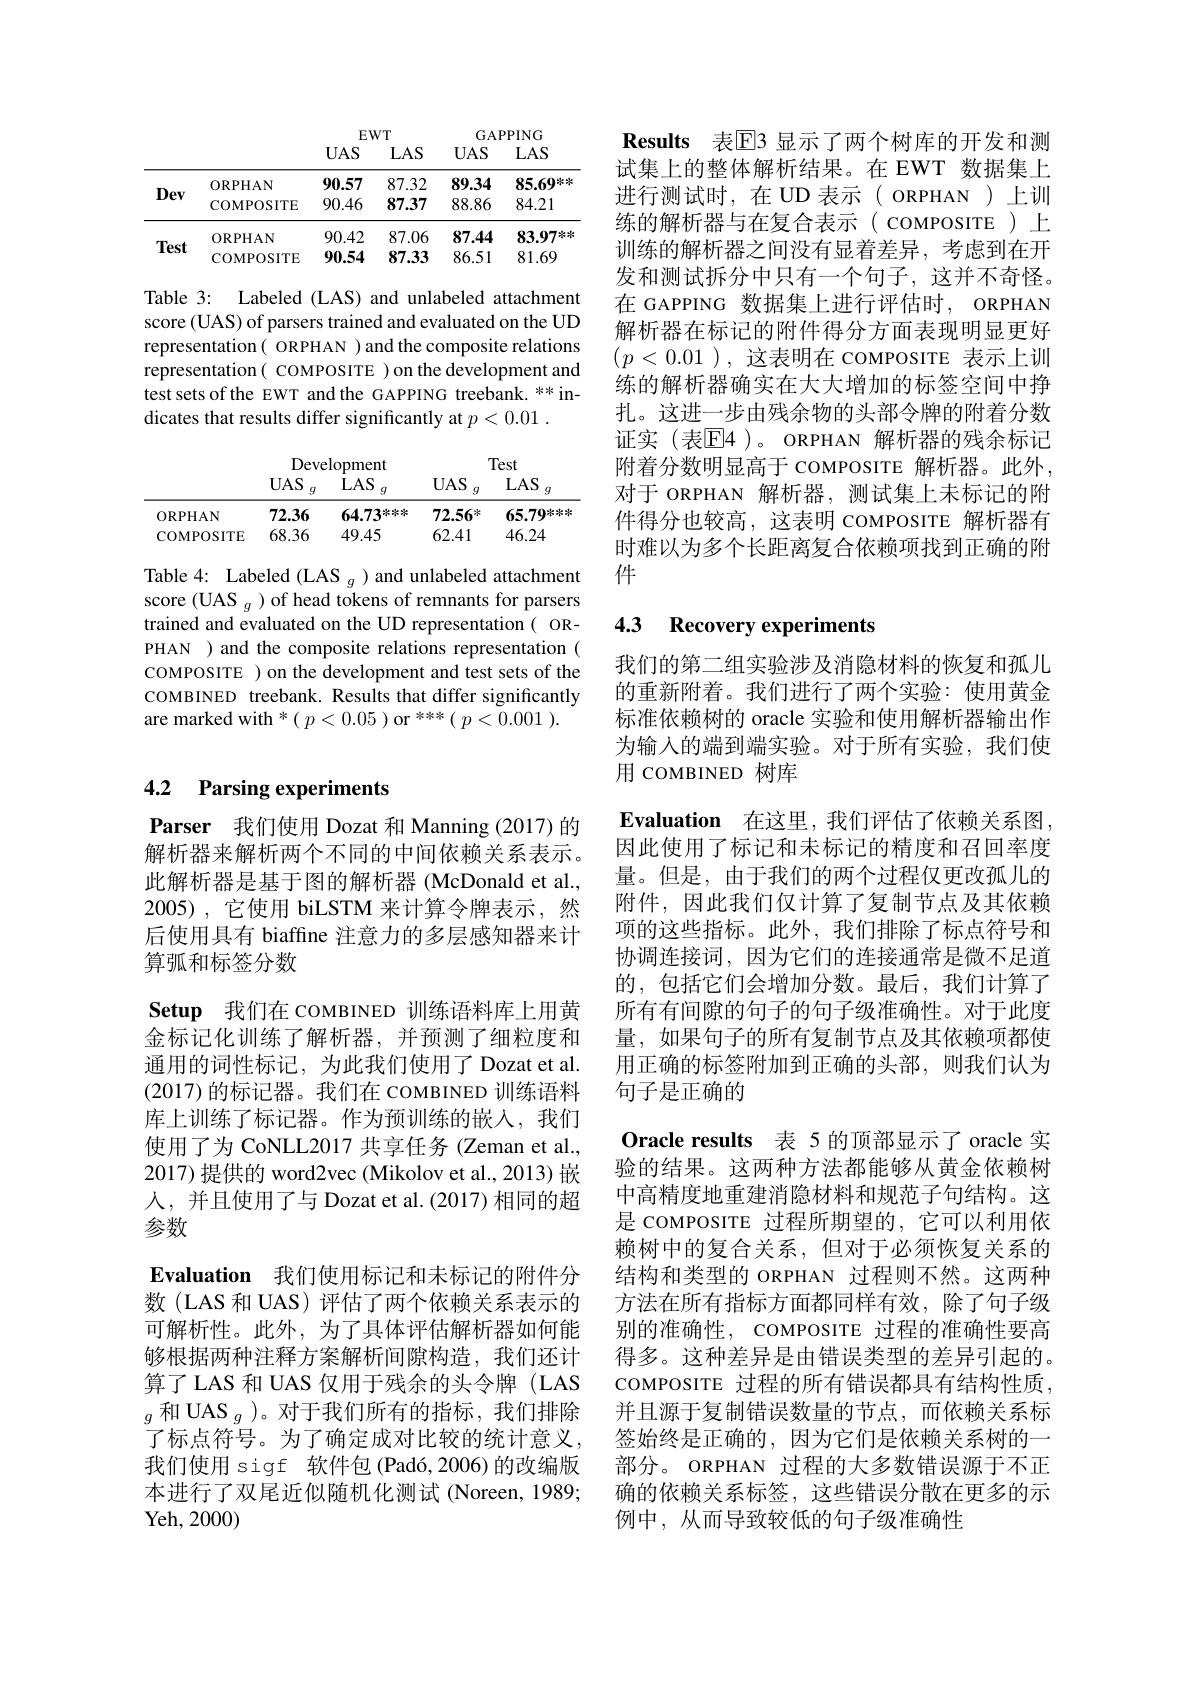
<table>
	<tbody>
		<tr>
			<th> </th>
			<th> </th>
			<th>EV $UAS$</th>
			<th>$VT$ $LAS$</th>
			<th>$GAF$ $UAS$</th>
			<th>PING $LAS$</th>
		</tr>
		<tr>
			<th> </th>
			<th> </th>
			<th>EV</th>
			<th>$VT$</th>
			<th colspan="2">GAPPING</th>
		</tr>
		<tr>
			<th> </th>
			<th> </th>
			<th>$UAS$</th>
			<th>$LAS$</th>
			<th>$UAS$</th>
			<th>$LAS$</th>
		</tr>
		<tr>
			<td rowspan="2">Dev</td>
			<td>$ORPHAN$</td>
			<td>90.57</td>
			<td>87.32</td>
			<td>89.34</td>
			<td>85.69**</td>
		</tr>
		<tr>
			<td>COMPOSITE</td>
			<td>90.46</td>
			<td>87.37</td>
			<td>88.86</td>
			<td>84.21</td>
		</tr>
		<tr>
			<td rowspan="2">Test</td>
			<td>$ORPHAN$</td>
			<td>90.42</td>
			<td>87.06</td>
			<td>87.44</td>
			<td>83.97</td>
		</tr>
		<tr>
			<td>COMPOSITE</td>
			<td>90.54</td>
			<td>87.33</td>
			<td>86.51</td>
			<td>81.69</td>
		</tr>
	</tbody>
</table>

Table 3: Labeled (LAS) and unlabeled attachment score (UAS) of parsers trained and evaluated on the UD representation( ORPHAN ) and the composite relations representation( COMPOSITE ) on the development and test sets of the EWT and the GAPPING treebank. ** indicates that results differ significantly at $p< 0. 01$ .

<table>
	<tbody>
		<tr>
			<th> </th>
			<th>Deve</th>
			<th>lopment</th>
			<th> </th>
			<th>Test</th>
		</tr>
		<tr>
			<th> </th>
			<th>Deve $UAS$ $g$</th>
			<th>lopment $LAS$ $g$</th>
			<th>$UAS$ $g$</th>
			<th>Test $LAS$ $g$</th>
		</tr>
		<tr>
			<th> </th>
			<th>Deve $UAS$ $g$</th>
			<th>lopment $LAS$ $g$</th>
			<th>UAS $g$</th>
			<th>Test $LAS$ $g$</th>
		</tr>
		<tr>
			<th> </th>
			<th>UAS $g$</th>
			<th>$LAS$ $g$</th>
			<th>$UAS$ $g$</th>
			<th>$LAS$ $g$</th>
		</tr>
		<tr>
			<td>$ORPHAN$</td>
			<td>72.36</td>
			<td>$64.73^{***}$</td>
			<td>72.56米</td>
			<td>$65.79^{****}$</td>
		</tr>
		<tr>
			<td>COMPOSITE</td>
			<td>68.36</td>
			<td>49.45</td>
			<td>62.41</td>
			<td>46.24</td>
		</tr>
	</tbody>
</table>

Table 4: Labeled (LAS $_g)$ and unlabeled attachment score (UAS $_g)$ of head tokens of remnants for parsers trained and evaluated on the UD representation( ORPHAN ) and the composite relations representation ( COMPOSITE ) on the development and test sets of the COMBINED treebank. Results that differ significantly are marked with $^*(p<0.05)\mathrm{~or~}^{***}(p<0.001).$

# 4.2 Parsing experiments

Parser 我们使用 Dozat 和 Manning (2017)的解析器来解析两个不同的中间依赖关系表示。此解析器是基于图的解析器 (McDonald et al., 2005),它使用 biLSTM 来计算令牌表示，然后使用具有 biaffine 注意力的多层感知器来计算弧和标签分数
Setup 我们在 COMBINED 训练语料库上用黄金标记化训练了解析器，并预测了细粒度和通用的词性标记，为此我们使用了 Dozat et al. (2017)的标记器。我们在 COMBINED 训练语料库上训练了标记器。作为预训练的嵌入，我们使用了为 CoNLL2017 共享任务 (Zeman et al., 2017)提供的 word2vec (Mikolov et al., 2013) 嵌人，并且使用了与 Dozat et al.(2017) 相同的超参数
Evaluation 我们使用标记和未标记的附件分数(LAS 和 UAS) 评估了两个依赖关系表示的可解析性。此外，为了具体评估解析器如何能够根据两种注释方案解析间隙构造，我们还计算了 LAS 和 UAS 仅用于残余的头令牌 (LAS $_{g}$和 UAS $_g$ )。对于我们所有的指标，我们排除了标点符号。为了确定成对比较的统计意义， 我们使用 sigf 软件包(Padó,2006)的改编版本进行了双尾近似随机化测试 (Noreen, 1989; Yeh, 2000)

Results 表E3 显示了两个树库的开发和测试集上的整体解析结果。在 EWT 数据集上进行测试时，在 UD 表示( ORPHAN )上训练的解析器与在复合表示( COMPOSITE)上训练的解析器之间没有显着差异，考虑到在开发和测试拆分中只有一个句子，这并不奇怪。在 GAPPING 数据集上进行评估时，ORPHAN 解析器在标记的附件得分方面表现明显更好$(p<0.01)$,这表明在 coмроsITE 表示上训练的解析器确实在大大增加的标签空间中挣扎。这进一步由残余物的头部令牌的附着分数证实(表$\overline{\mathrm{E}}$4)。ORPHAN 解析器的残余标记附着分数明显高于 coMPOSITE 解析器。此外， 对于 ORPHAN 解析器，测试集上未标记的附件得分也较高，这表明 coMPOSITE 解析器有时难以为多个长距离复合依赖项找到正确的附件

## 4.3 Recovery experiments

我们的第二组实验涉及消隐材料的恢复和孤儿的重新附着。我们进行了两个实验：使用黄金标准依赖树的 oracle 实验和使用解析器输出作为输入的端到端实验。对于所有实验，我们使用 COMBINED 树库

$\textbf{Evaluation 在 这 里 , 我 们 评 估 了 依 赖 关 系 图 }$, 因此使用了标记和未标记的精度和召回率度量。但是，由于我们的两个过程仅更改孤儿的附件，因此我们仅计算了复制节点及其依赖项的这些指标。此外，我们排除了标点符号和协调连接词，因为它们的连接通常是微不足道的，包括它们会增加分数。最后，我们计算了所有有间隙的句子的句子级准确性。对于此度量，如果句子的所有复制节点及其依赖项都使用正确的标签附加到正确的头部，则我们认为句子是正确的
Oracle results 表 5 的顶部显示了 oracle 实验的结果。这两种方法都能够从黄金依赖树中高精度地重建消隐材料和规范子句结构。这是 coMPOSITE 过程所期望的，它可以利用依赖树中的复合关系，但对于必须恢复关系的结构和类型的 ORPHAN 过程则不然。这两种方法在所有指标方面都同样有效，除了句子级别的准确性，COMPOSITE 过程的准确性要高得多。这种差异是由错误类型的差异引起的。COMPOSITE 过程的所有错误都具有结构性质， 并且源于复制错误数量的节点，而依赖关系标签始终是正确的，因为它们是依赖关系树的一部分。ORPHAN 过程的大多数错误源于不正确的依赖关系标签，这些错误分散在更多的示例中，从而导致较低的句子级准确性